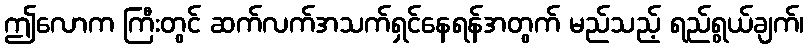
ဤလောက ကြီးတွင် ဆက်လက်အသက်ရှင်နေရန်အတွက် မည်သည့် ရည်ရွယ်ချက်၊